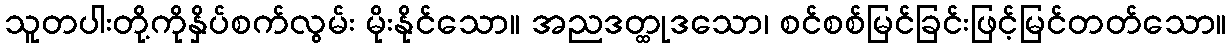
သူတပါးတို့ကိုနှိပ်စက်လွမ်း မိုးနိုင်သော။ အညဒတ္ထုဒသော၊ စင်စစ်မြင်ခြင်းဖြင့်မြင်တတ်သော။